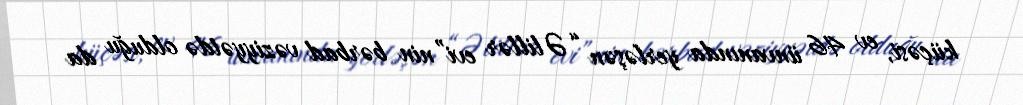
küçəsi, ev 46 ünvanında yerləşən “Əlillər evi”nin bərbad vəziyyətdə olduğu da